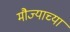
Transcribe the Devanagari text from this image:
मौज्याच्या